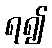
ရ၍